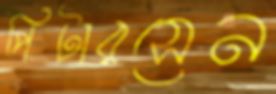
পিটারসেন